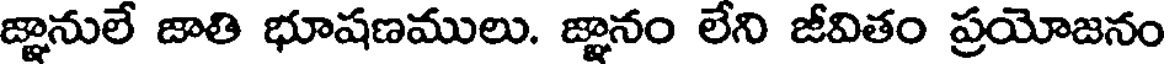
జ్ఞానులే జాతి భూషణములు. జ్ఞానం లేని జీవితం ప్రయోజనం